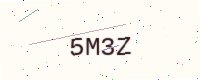
Text: 5M3Z